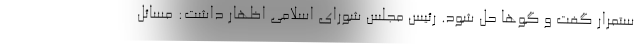
ستمرار گفت و گوها حل شود. رئیس مجلس شورای اسلامی اظهار داشت: مسائل